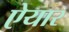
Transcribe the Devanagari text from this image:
ऐयार